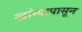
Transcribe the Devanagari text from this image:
खांग्यापासून